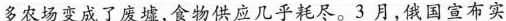
多农场变成了废墟，食物供应几乎耗尽。3月，俄国宣布实